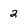
Character: 2